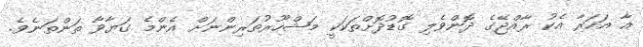
އާ އަހަރާ އެކު ރާއްޖޭގެ ދޮންވެލި ގޮޑުދޮށްތަކަކީ މަޝްހޫރުތަރިންނަށް އެންމެ ގަޔާވާ ތަންތަނެެވެ.